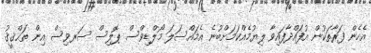
އެހެން ފަރާތަކުން އުފައްދާފައިވާ ލިޔުމެއްކަމަށްބުނެ އެމައްސަލަ މޯލްޑިވްސް ޕޮލިސް ސަރވިސް އިން ތަޙްޤީޤު